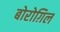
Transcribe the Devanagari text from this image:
बोरोग़िल